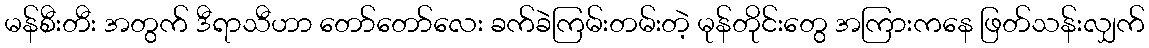
မန်စီးတီး အတွက် ဒီရာသီဟာ တော်တော်လေး ခက်ခဲကြမ်းတမ်းတဲ့ မုန်တိုင်းတွေ အကြားကနေ ဖြတ်သန်းလျှက်